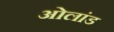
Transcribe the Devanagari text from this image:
ओलांड